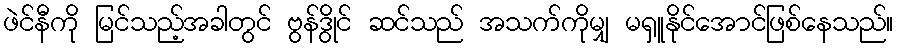
ဖဲင်နီကို မြင်သည့်အခါတွင် ဗွန်ဒွိုင် ဆင်သည် အသက်ကိုမျှ မရှူနိုင်အောင်ဖြစ်နေသည်။